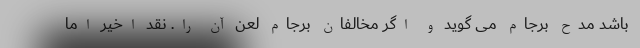
باشد مدح برجام می گوید و اگر مخالفان برجام لعن آن را. نقد اخیر اما